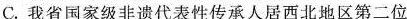
C. 我省国家级非遗代表性传承人居西北地区第二位